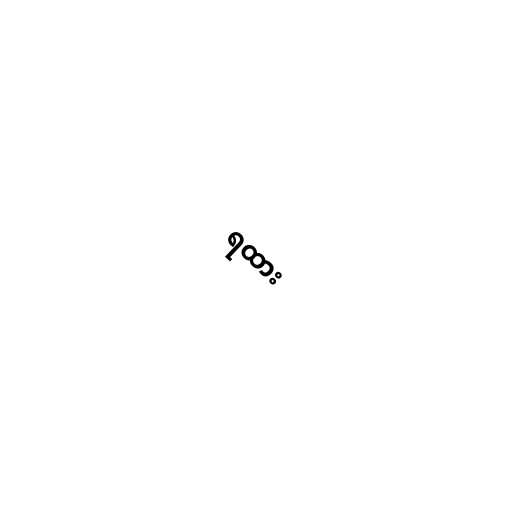
ရထား